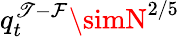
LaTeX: q_{t}^{\mathscr{T}-\mathcal{F}}\simN^{2/5}